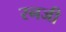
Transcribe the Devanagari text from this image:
रनजी